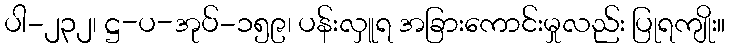
ပါ-၂၃၂၊ ဋ္ဌ-ပ-အုပ်-၁၅၉၊ ပန်းလှူရ အခြားကောင်းမှုလည်း ပြုရကျိုး။